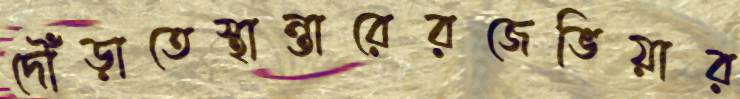
দৌঁড়াতেস্থান্তারেরজেভিয়ার